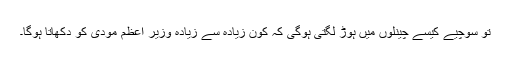
تو سوچیے کیسے چینلوں میں ہوڑ لگتی ہوگی کہ کون زیادہ سے زیادہ وزیر اعظم مودی کو دکھاتا ہوگا۔